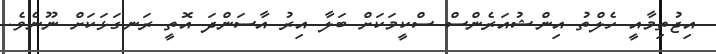
އިޖުތިމާއީ ހެލްތު އިންޝުއަރެންސް ސްކީމަކަށް ބަލާ އިރު އާސަންދަ އޮތީ ރަނގަޅަކަށް ނޫނެވެ.